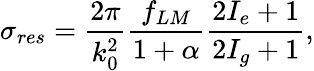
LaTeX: \sigma_{res}=\frac{2\pi}{k_{0}^{2}}\frac{f_{LM}}{1+\alpha}\frac{2I_{e}+1}{2I_{g}+1},